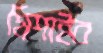
মিশাইব